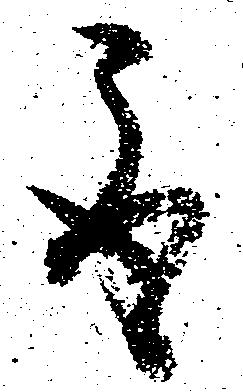
取